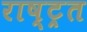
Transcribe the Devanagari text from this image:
राष्ट्रत